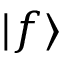
| f \rangle